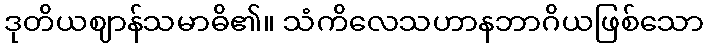
ဒုတိယဈာန်သမာဓိ၏။ သံကိလေသဟာနဘာဂိယဖြစ်သော